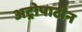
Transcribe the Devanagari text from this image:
अट्रोपाटीन